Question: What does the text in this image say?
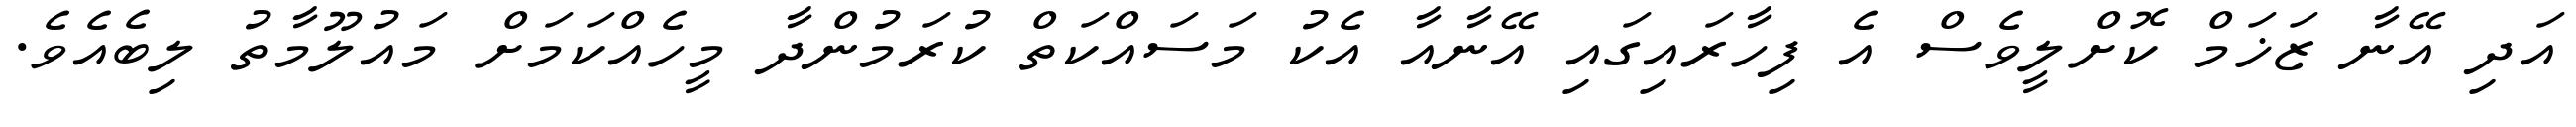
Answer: އަދި އޭނާ ޒަޚަމް ކޮށްލީވެސް އެ ފިހާރައިގައި އޭނާއާ އެކު މަސައްކަތް ކުރަމުންދާ މީހެއްކަމަށް މައުލޫމާތު ލިބެއެވެ.